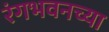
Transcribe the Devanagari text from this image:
रंगभवनच्या